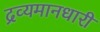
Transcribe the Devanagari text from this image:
द्रव्यमानधारी